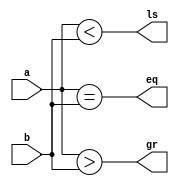
module comparator (a,b,eq,gr,ls);
input [7:0] a,b;
output reg eq,gr,ls;
always @ (a,b) begin
 eq = a == b;
 gr = a > b;
 ls = a < b;
end
endmodule